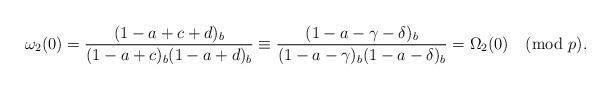
LaTeX: \begin{align*}\omega_2(0)=\frac{(1-a+c+d)_b} {(1-a+c)_b(1-a+d)_b}\equiv\frac{(1-a-\gamma-\delta)_b} {(1-a-\gamma)_b(1-a-\delta)_b}=\Omega_2(0)\pmod{p}.\end{align*}